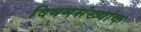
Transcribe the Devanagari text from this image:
विषमसंख्यांक